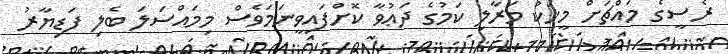
ރެސީގެ މައްޗަށް މީހަކު މަރާލި ކަމުގެ ދަޢުވާ ކޮށްފައިވީނަމަވެސް މިމައްސަލަ ބެލި ފަޑިޔާރު